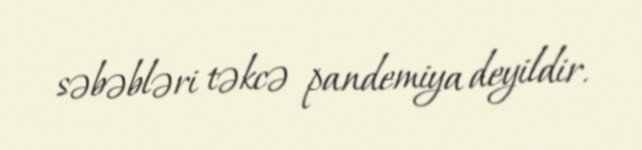
səbəbləri təkcə pandemiya deyildir.